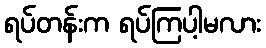
ရပ်တန်းက ရပ်ကြပါ့မလား